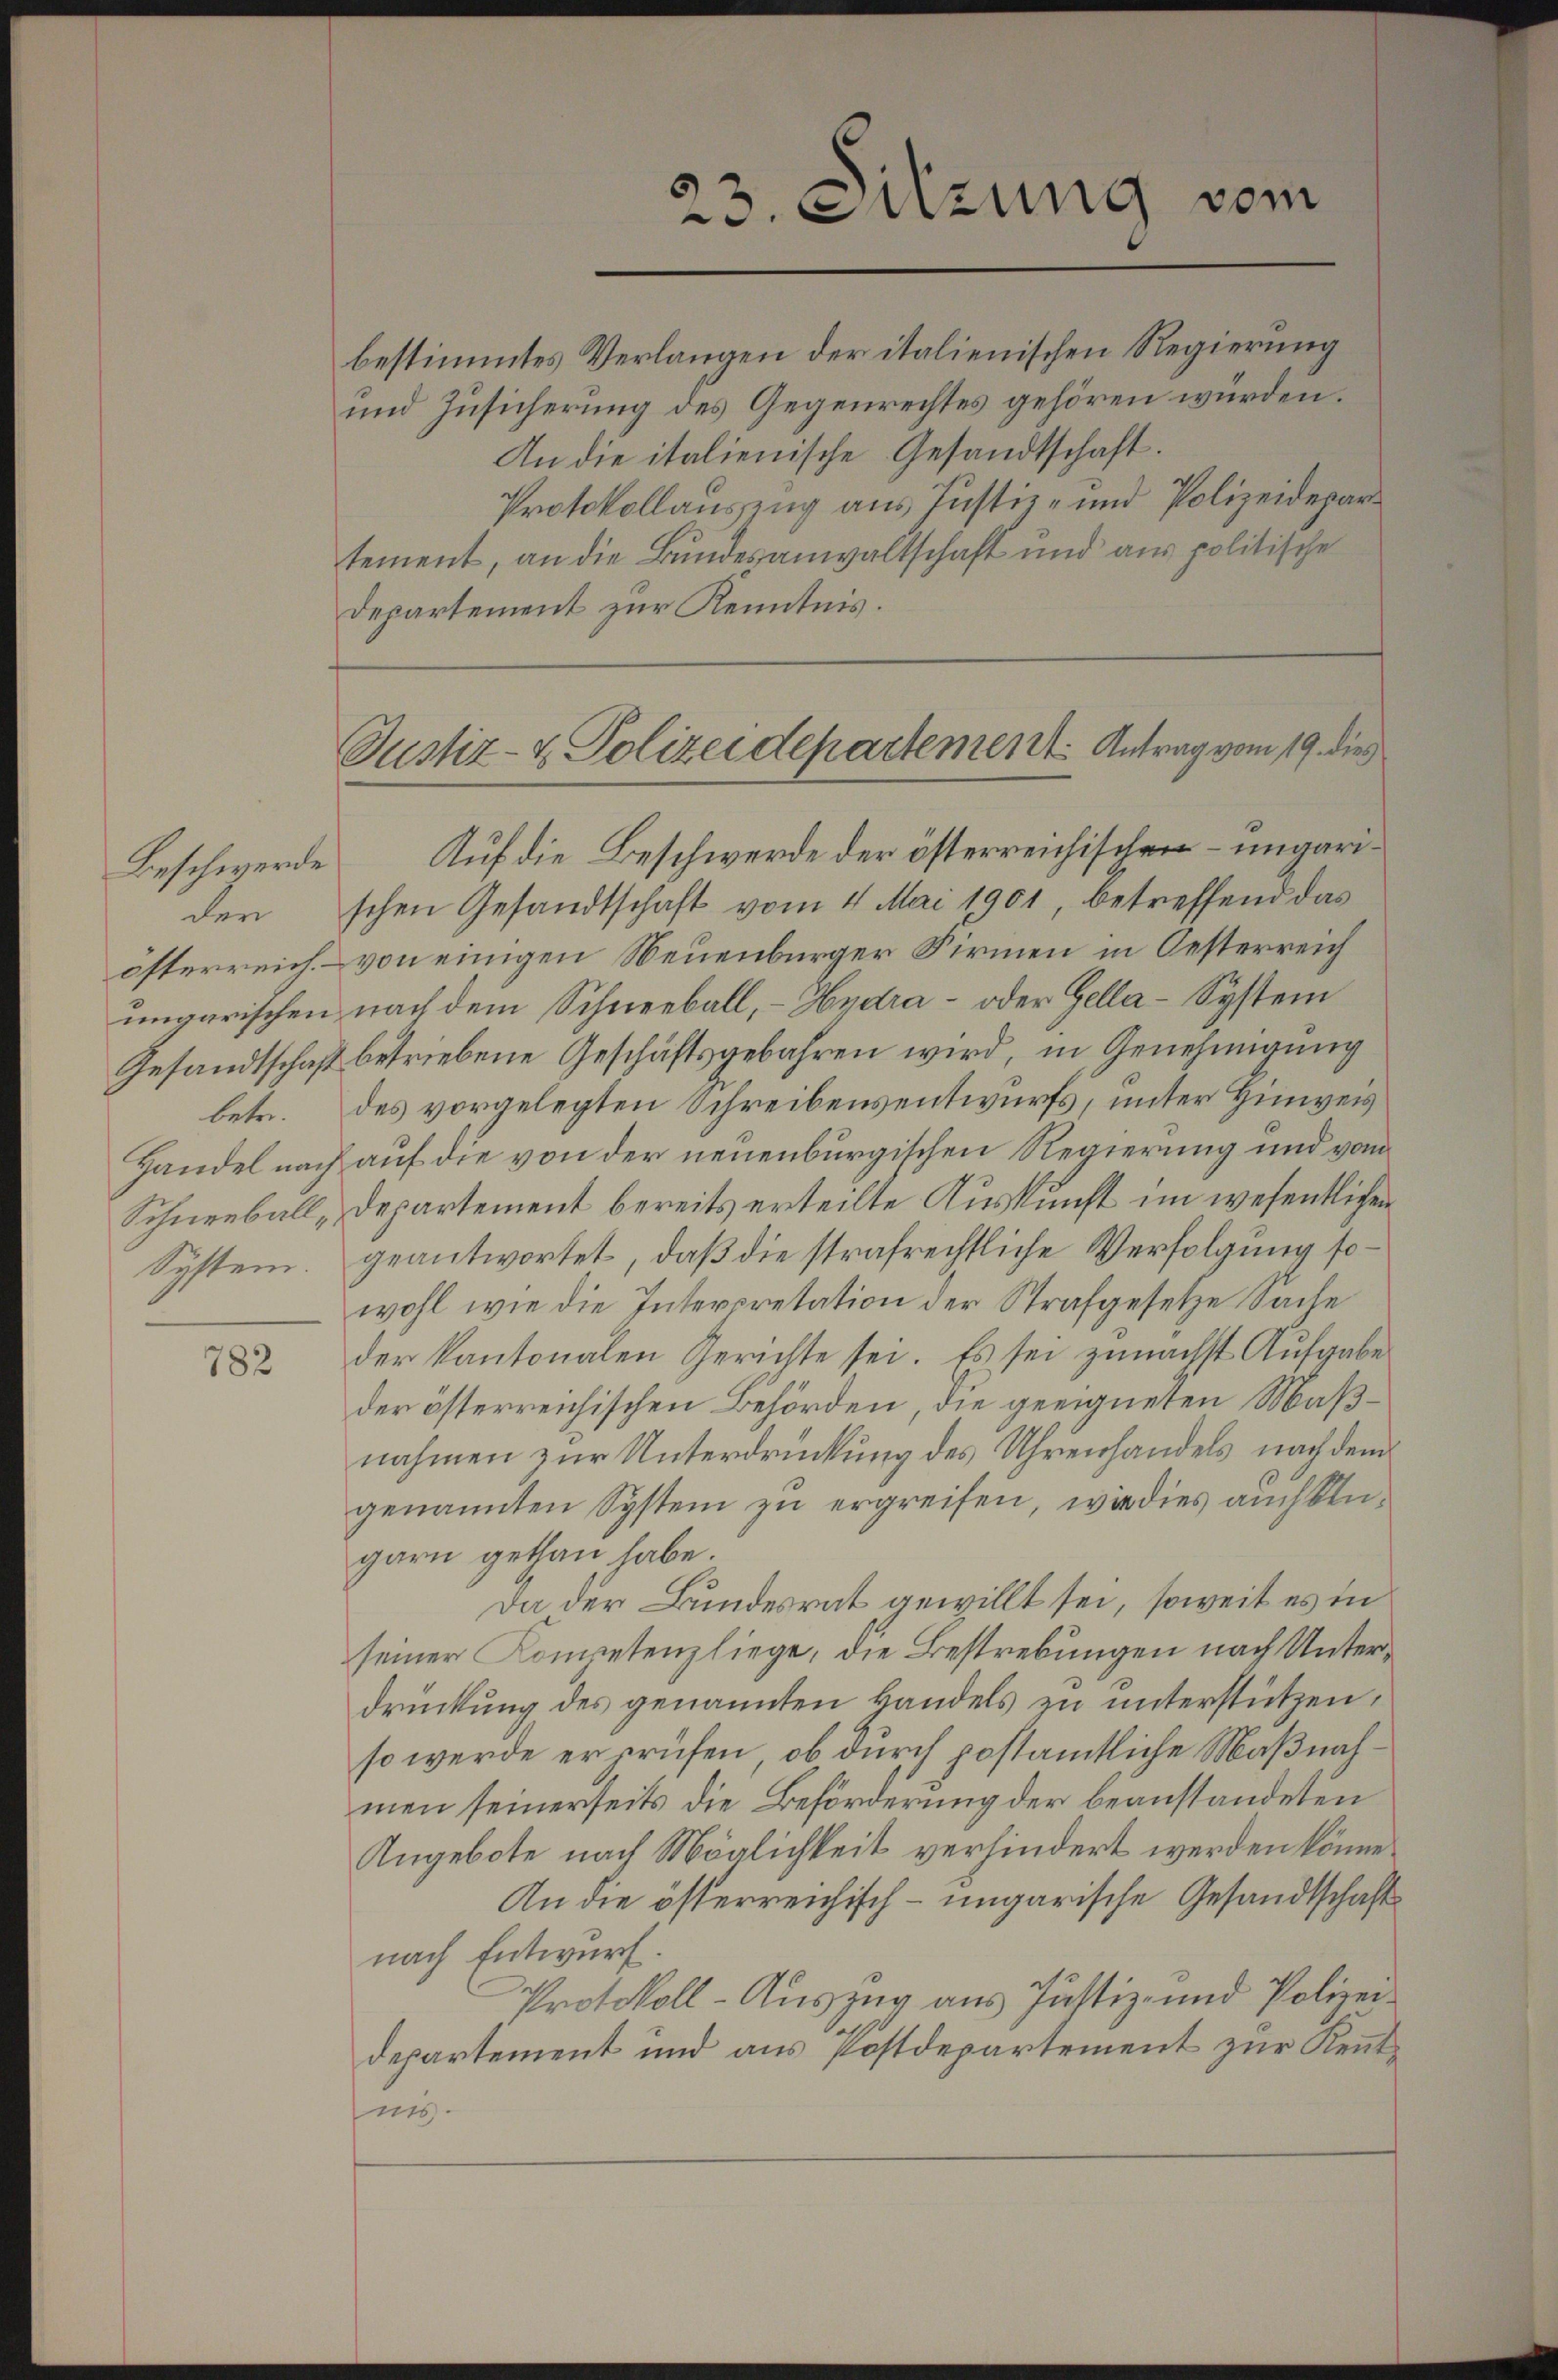
Beschwerde
der
österreich.
betr.
Schneeball.
System.

782

23. Sitzung vom

bestimmtes Verlangen der italienischen Regierung
und Zusicherung des Gegenrechtes gehören würden.
An die italienische Gesandtschaft.
tement, an die Bundesanwaltschaft und aus politische
Departement zur Kenntnis.

Protokollauszug aus Justiz- und Polizeidepar¬

Justiz- & Polizeidepartement. Antrag vom 19. dies

Auf die Beschwerde der österreichischen – ungarischen Gesandtschaft vom 4. Mai 1901, betreffend das
von einigen Neuenburger Firmen in Oesterreich
ungarischen nach dem Schneeball, – Hydra- oder Gella-System
Gesandtschaft betriebene Geschäftsgebahren wird, in Genehmigung
des vorgelegten Schreibensentwurfs, unter Hinweis
Handel nach auf die von der neuenburgischen Regierung und vom
Departement bereits erteilte Auskunft im wesentlichen
geantwortet, daβ die strafrechtliche Verfolgung sowohl wie die Interpretation der Strafgesetze Sache
der kantonalen Gerichte sei. Es sei zunächst Aufgabe
der österreichischen Behörden, die geeigneten Maßnahmen zur Unterdrückung des Uhrenhandels nach dem
genannten System zu ergreifen, wie dies auch klugarn gethan habe.
Da der Bundesrat gewillt sei, soweit es in
seiner Kompetenz liege, die Bestrebungen nach Unterdrückung des genannten kandels zu unterstützen,
so werde erprüfen, ob durch postamtliche Maßnahmen seinerseits die Beförderung der beanstandeten
Angebote nach Möglichkeit verhindert werden könne.
An die österreichisch-ungarische Gesandtschaft
nach Entwurf.
Protokoll-Auszug aus Justiz- und Polizeidepartement und aus Postdepartement zur Kenntnis.